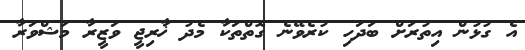
އެ ގުޅުން އިތުރަށް ބަދަހި ކުރެވޭނެ ގޮތްތަކާ މެދު ޚާރިޖީ ވަޒީރާ މަޝްވަރާ